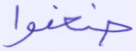
ضعفوا